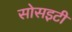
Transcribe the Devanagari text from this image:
सोसइटी